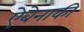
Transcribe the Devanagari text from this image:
ऐबेनाकी